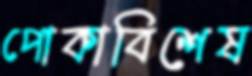
পোকাবিশেষ